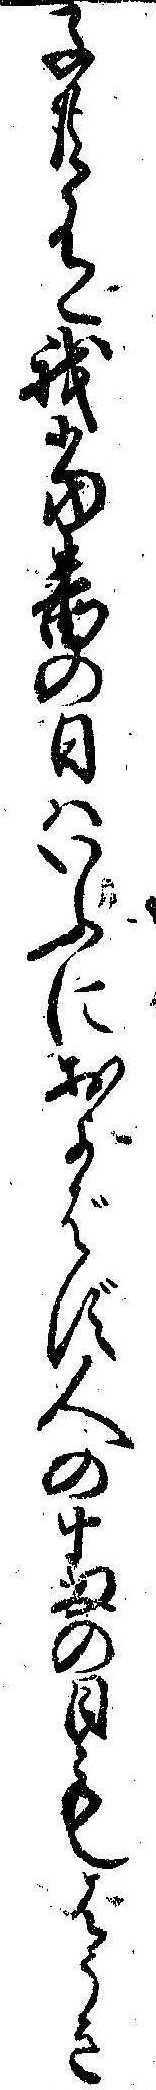
子共有我当番の日はいふにおよばず人の番の日もはうき